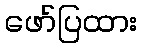
ဖော်ပြထား